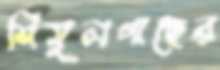
শিমুলগাছের